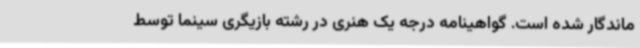
ماندگار شده است. گواهینامه درجه یک هنری در رشته بازیگری سینما توسط